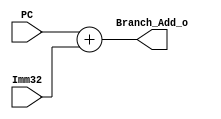
//Branch Address (combinational element)
module Add_Branch(
  input [31:0]  PC,//PC + 4
  input [31:0]  Imm32,
  
  output [31:0] Branch_Add_o
  );
  assign Branch_Add_o = PC + Imm32;
		
endmodule